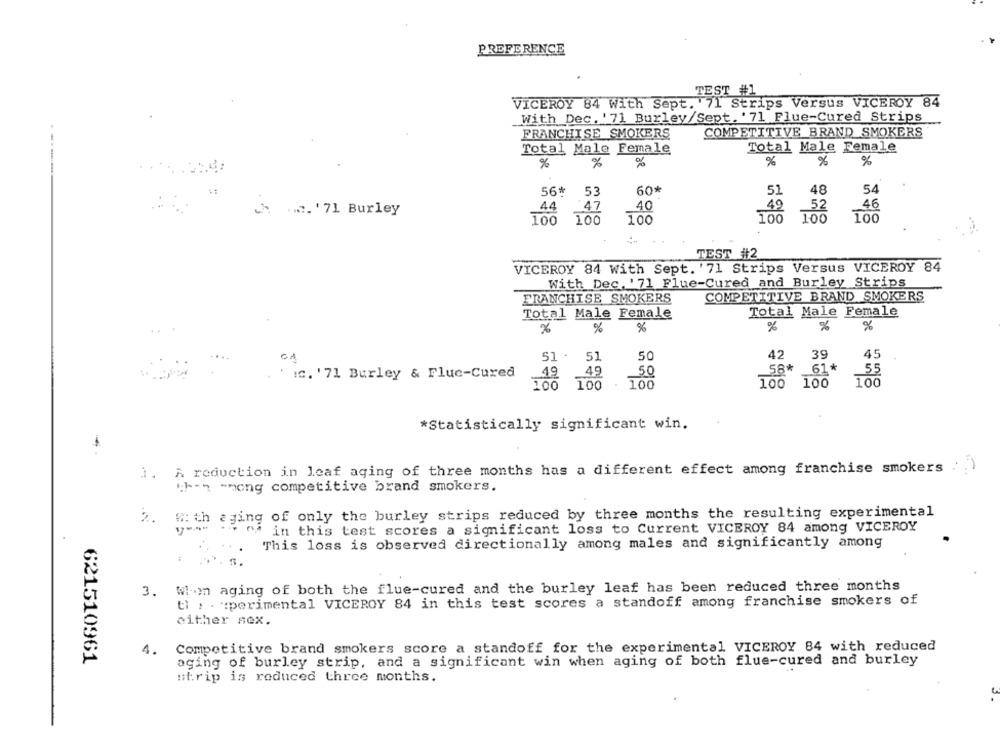
PREFERENCE
TEST #1
VICEROY 84 With Sept.
171 strips Versus VICEROY 84
With Dec. '71 Burley/Sept. '71 Flue-Cured Strips
FRANCHISE SMOKERS
COMPETITIVE BRAND SMOKERS
Total Male Female
Total Male Female
%
%
%
%
%
%
56*
53
60*
51
48
54
44
47
40
49
46
.... '71 Burley
100
100
100
100
100
TEST #2
VICEROY 84 With Sept. '71 Strips Versus VICEROY 84
With Dec. '71 Flue-Cured and Burley Strips
FRANCHISE SMOKERS
COMPETITIVE BRAND SMOKERS
Total Male Female
Total Male Female
%
%
%
%
%
%
51 .
51
50
42
39
45
58*
61*
19
49
50
55
' ic. '71 Burley & Fluc-Cured
100
100
100
100 100
*Statistically significant win.
1. A reduction in leaf aging of three months has a different effect among franchise smokers
when -mong competitive brand smokers.
2. With aging of only the burley strips reduced by three months the resulting experimental
of in this test scores a significant loss to Current VICEROY 84 among VICEROY
This loss is observed directionally among males and significantly among
WI-on aging of both the flue-cured and the burley leaf has been reduced three months
ti , . "perimental VICEROY 84 in this test scores a standoff among franchise smokers of
either sex.
1.
Competitive brand smokers score a standoff for the experimental VICEROY 84 with reduced
621510961
aging of burley strip, and a significant win when aging of both flue-cured and burley
#trip is reduced three months.